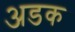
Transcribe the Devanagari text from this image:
अडक